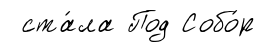
ста́ла Под Собо́р